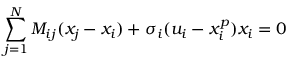
\sum _ { j = 1 } ^ { N } M _ { i j } ( x _ { j } - x _ { i } ) + \sigma _ { i } ( u _ { i } - x _ { i } ^ { p } ) x _ { i } = 0